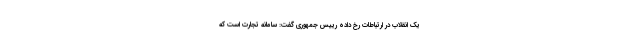
یک انقلاب در ارتباطات رخ داده رییس جمهوری گفت: سامانه تجارت است که